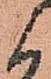
候